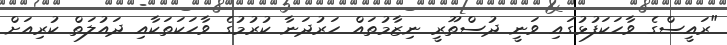
"ރައީސްގެ ވާހަކަފުޅުގައި ވަނީ ދުސްތޫރީ ނިޒާމުތައް ހަރުދަނާ ކުރުމުގެ ވާހަކަތަކާއި ދައުލަތް ކުރިއަށް